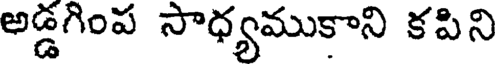
అడ్డగింప సాధ్యముకాని కపిని